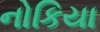
નોકિયા